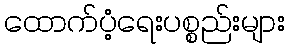
ထောက်ပံ့ရေးပစ္စည်းများ